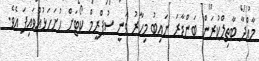
މާއްދާ ބާތިލްކުރަން ބަންޑާރަ ނައިބު މިހާރު ވަނީ ސުޕްރީމް ކޯޓަށް ހުށަހަޅުއްވައިފަ އެވެ.